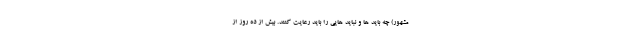
مشهور) چه باید ها و نباید هایی را باید رعایت کنند. بیش از ده روز از